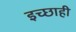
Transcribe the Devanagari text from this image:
इच्छाही